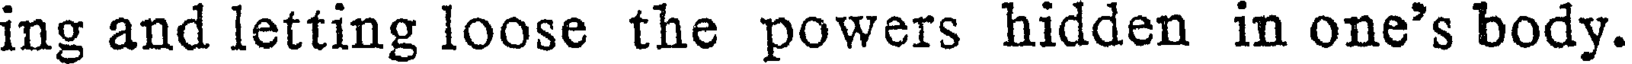
ing and letting loose the powers hidden in one's body.